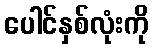
ပေါင်နှစ်လုံးကို